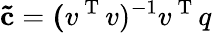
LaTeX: \mathbf{\tilde{c}}=\mathbf(v^{\mathrm{~T~}}v)^{-1}v^{\mathrm{~T~}}q